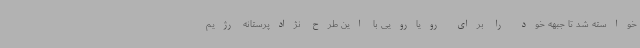
خواسته شد تا جبهه خود را برای رویارویی با این طرح نژادپرستانه رژیم